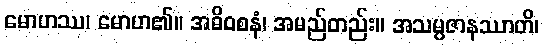
မောဟဿ၊ မောဟ၏။ အဓိဝစနံ၊ အမည်တည်း။ အသမ္ပဇာနဿာတိ၊